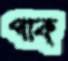
পাক্